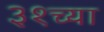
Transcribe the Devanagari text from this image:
३१च्या